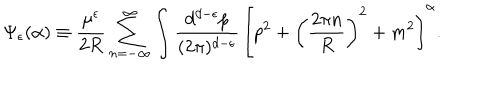
LaTeX: \Psi _ { \epsilon } ( \alpha ) \equiv \frac { \mu ^ { \epsilon } } { 2 R } \sum _ { n = - \infty } ^ { \infty } \int \frac { d ^ { d - \epsilon } p } { ( 2 \pi ) ^ { d - \epsilon } } \, \left[ p ^ { 2 } + \left( \frac { 2 \pi n } { R } \right) ^ { 2 } + m ^ { 2 } \right] ^ { \alpha } .